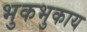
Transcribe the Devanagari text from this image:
भुकभुकाय